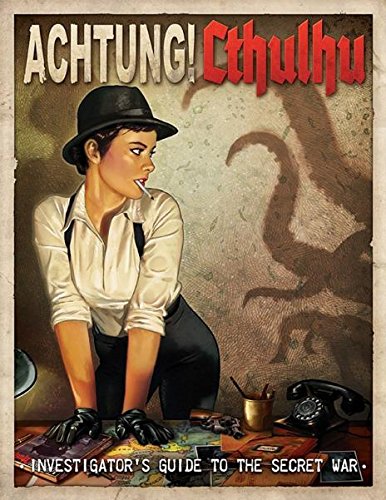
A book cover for Achtung! Cthulhu Investigator's Guide to the Secret War; Chris Birch; Science Fiction & Fantasy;